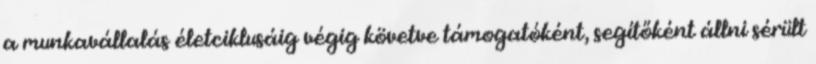
a munkavállalás életciklusáig végig követve támogatóként, segítőként állni sérült